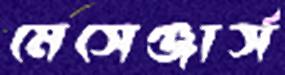
মেসেঞ্জার্স